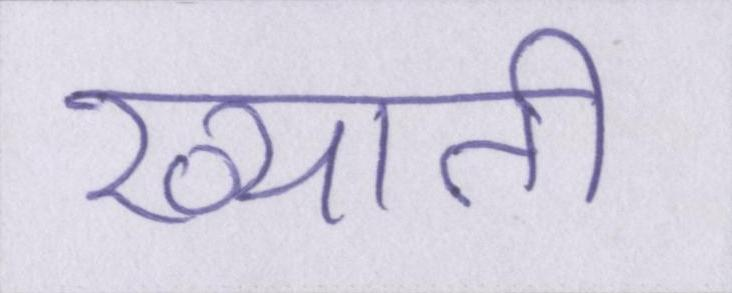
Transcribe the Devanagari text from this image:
ख्याती